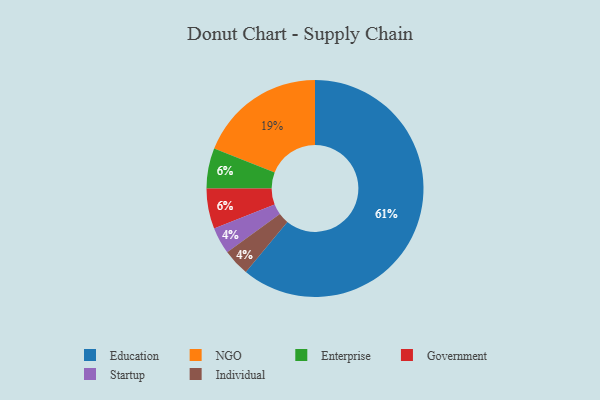
{"axis": {"x": "Category", "y": "Percentage"}, "legend": ["Education", "Enterprise", "Government", "Individual", "NGO", "Startup"], "data": [{"x": "NGO", "y": 19, "type": "NGO"}, {"x": "Enterprise", "y": 6, "type": "Enterprise"}, {"x": "Education", "y": 61, "type": "Education"}, {"x": "Startup", "y": 4, "type": "Startup"}, {"x": "Individual", "y": 4, "type": "Individual"}, {"x": "Government", "y": 6, "type": "Government"}]}